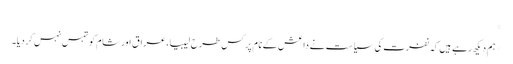
*
*ہم دیکھ رہے ہیں کہ نفرت کی سیاست نے داعش کے نام پر کس طرح لیبیا، عراق اور شام کو تہس نہس کردیا۔